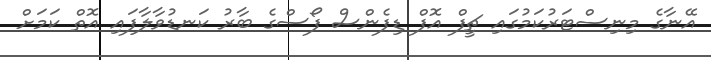
އޭނާގެ މިނިސްޓަރުކަމުގައި ޗީފް އޮފް ޑިފެންސް ފޯސްގެ ބާރު ކަނޑުވާލާފައި އޮތް ކަމަށް